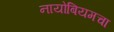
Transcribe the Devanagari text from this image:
नायोबियमचा